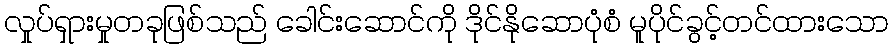
လှုပ်ရှားမှုတခုဖြစ်သည် ခေါင်းဆောင်ကို ဒိုင်နိုဆောပုံစံ မူပိုင်ခွင့်တင်ထားသော